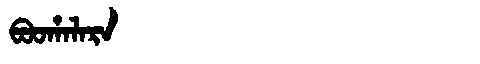
Manchu: ᠪᠣᠣᡥᠠᠯᠠᡵᠠ
Romanization: BOOHALARA